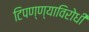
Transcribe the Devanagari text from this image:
टिपण्ण्याविरोधी